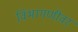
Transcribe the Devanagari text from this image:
विभागणीवर